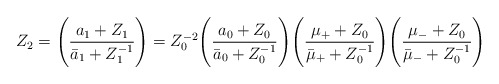
\begin{align*}Z_2=\Biggl(\frac{a_1+Z_1}{{\bar a}_1 +Z_1^{-1}}\Biggr)=Z_0^{-2}\Biggl(\frac{a_0+Z_0}{{\bar a}_0+Z_0^{-1}}\Biggr)\Biggl(\frac{\mu_+ +Z_0}{{\bar \mu}_++Z_0^{-1}}\Biggr)\Biggl(\frac{\mu_-+Z_0}{{\bar \mu}_- +Z_0^{-1}}\Biggr)\end{align*}